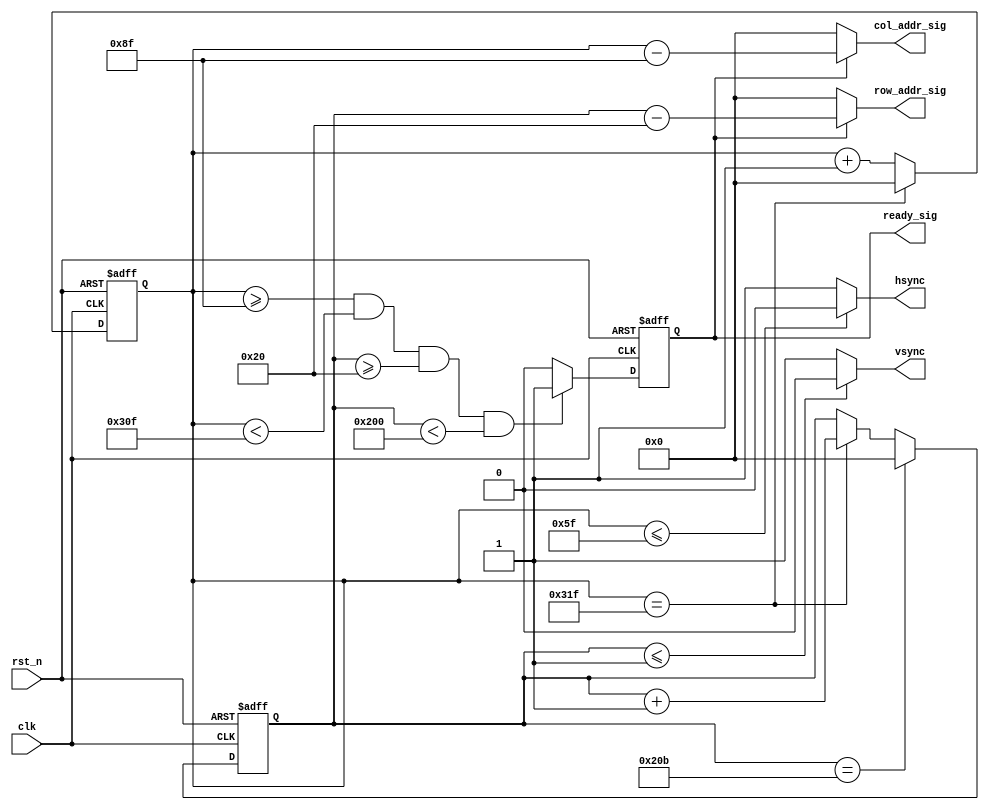
`timescale 1ns / 1ps

module game_sync_module
 (clk, rst_n, col_addr_sig, row_addr_sig, hsync, vsync, ready_sig
 );
 input clk;
 input rst_n;
 output[10:0] col_addr_sig;
 output[10:0] row_addr_sig;
 output hsync;
 output vsync;
 output ready_sig;
 
 /**************************************************/
 
 reg[10:0] cnt_h;
 
 always @ ( posedge clk or negedge rst_n )
   begin
     if( !rst_n )
        cnt_h <= 11'd0;
     else if( cnt_h == 11'd799 )
        cnt_h <= 11'd0;
     else cnt_h <= cnt_h + 1'b1;
   end
   
 /**************************************************/   
         
 reg[10:0] cnt_v;
 
 always @ ( posedge clk or negedge rst_n )
   begin  
     if( !rst_n )
       cnt_v <= 11'd0;
     else if( cnt_v == 11'd523 )
       cnt_v <= 11'd0;
     else if( cnt_h == 11'd799 )
       cnt_v <= cnt_v + 1'b1;
   end 
   
 /**************************************************/
 
 reg isready;
 
 always @ ( posedge clk or negedge rst_n )
   begin
     if( !rst_n )
        isready <= 1'b0;
     else if( cnt_h >= 11'd143 && cnt_h < 11'd783 && cnt_v >= 11'd32 && cnt_v < 11'd512 )
        isready <= 1'b1;
     else isready <= 1'b0;
   end
   
 /**************************************************/
 
 assign hsync = ( cnt_h <= 11'd95 ) ? 1'b0 : 1'b1;
 assign vsync = ( cnt_v <= 11'd1 ) ? 1'b0 : 1'b1;
 assign col_addr_sig = isready ? ( cnt_h - 11'd143 ) : 11'd0;
 assign row_addr_sig = isready ? ( cnt_v - 11'd32 ) : 11'd0;
 assign ready_sig = isready;
 
 /**************************************************/
 
 endmodule